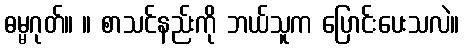
ဓမ္မဂုတ်။ ။ စာသင်နည်းကို ဘယ်သူက ပြောင်းပေးသလဲ။